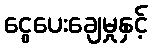
ငွေပေးချေမှုနှင့်